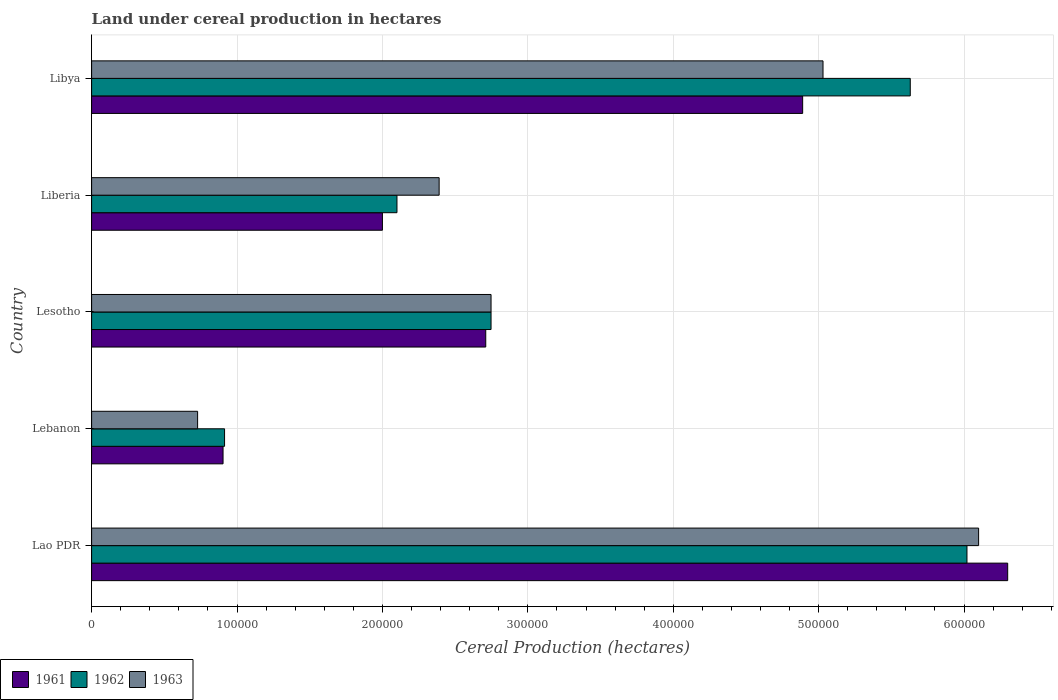
| Country | 1961 | 1962 | 1963 |
 | --- | --- | --- | --- |
 | Lao PDR | 6.3e+05 | 6.02e+05 | 6.1e+05 |
 | Lebanon | 9.04e+04 | 9.14e+04 | 7.29e+04 |
 | Lesotho | 2.71e+05 | 2.75e+05 | 2.75e+05 |
 | Liberia | 2e+05 | 2.1e+05 | 2.39e+05 |
 | Libya | 4.89e+05 | 5.63e+05 | 5.03e+05 |